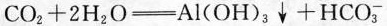
CO_{2}+2H_{2}O \xlongequal[]{} Al(OH)_{3} \downarrow +HCO_{3}^{-}